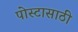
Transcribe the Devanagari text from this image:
पोस्टासाठी